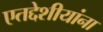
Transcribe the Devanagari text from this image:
एतद्देशीयांना